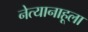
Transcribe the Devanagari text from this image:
नेत्यानाहूला